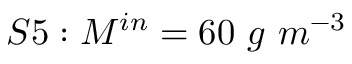
S 5 : M ^ { i n } = 6 0 \ g \ m ^ { - 3 }